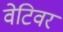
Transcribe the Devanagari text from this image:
वेटिवर